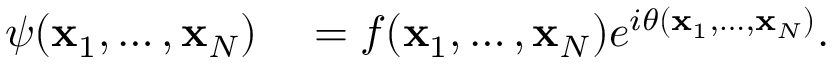
\begin{array} { r l } { \psi ( \mathbf { x } _ { 1 } , \ldots , \mathbf { x } _ { N } ) } & { { } = f ( \mathbf { x } _ { 1 } , \ldots , \mathbf { x } _ { N } ) e ^ { i \theta ( \mathbf { x } _ { 1 } , \ldots , \mathbf { x } _ { N } ) } . } \end{array}